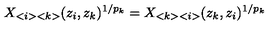
X _ { < i > < k > } ( z _ { i } , z _ { k } ) ^ { 1 / p _ { k } } = X _ { < k > < i > } ( z _ { k } , z _ { i } ) ^ { 1 / p _ { k } }